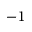
- 1